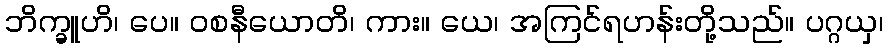
ဘိက္ခူဟိ၊ ပေ။ ဝစနီယောတိ၊ ကား။ ယေ၊ အကြင်ရဟန်းတို့သည်။ ပဂ္ဂယှ၊